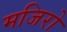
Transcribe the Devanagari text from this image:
मजिरो